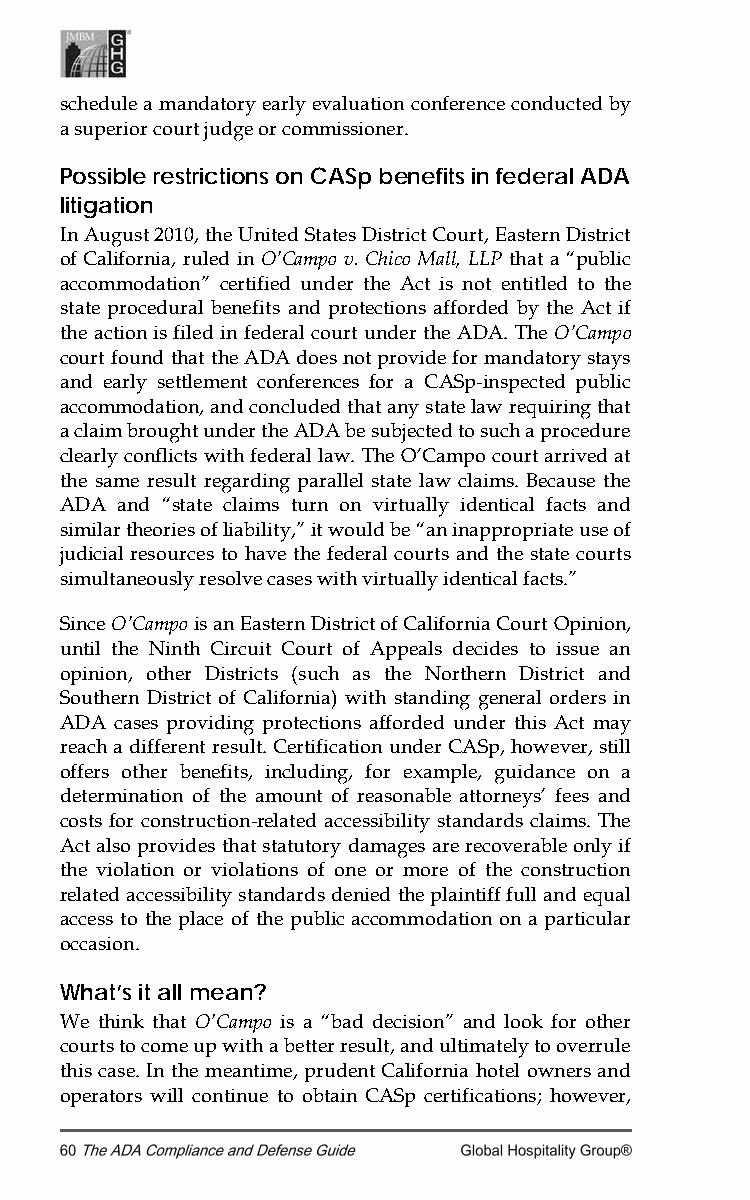
schedule a mandatory early evaluation conference conducted by
 a superior court judge or commissioner.
 Possible restrictions on CASp benefits in federal ADA
 litigation
 In August 2010, the United States District Court, Eastern District
 of California, ruled in O’Campo v. Chico Mall, LLP that a “public
 accommodation” certified under the Act is not entitled to the
 state procedural benefits and protections afforded by the Act if
 the action is filed in federal court under the ADA. The O’Campo
 court found that the ADA does not provide for mandatory stays
 and early settlement conferences for a CASp-inspected public
 accommodation, and concluded that any state law requiring that
 a claim brought under the ADA be subjected to such a procedure
 clearly conflicts with federal law. The O’Campo court arrived at
 the same result regarding parallel state law claims. Because the
 ADA and “state claims turn on virtually identical facts and
 similar theories of liability,” it would be “an inappropriate use of
 judicial resources to have the federal courts and the state courts
 simultaneously resolve cases with virtually identical facts.”
 Since O’Campo is an Eastern District of California Court Opinion,
 until the Ninth Circuit Court of Appeals decides to issue an
 opinion, other Districts (such as the Northern District and
 Southern District of California) with standing general orders in
 ADA cases providing protections afforded under this Act may
 reach a different result. Certification under CASp, however, still
 offers other benefits, including, for example, guidance on a
 determination of the amount of reasonable attorneys’ fees and
 costs for construction-related accessibility standards claims. The
 Act also provides that statutory damages are recoverable only if
 the violation or violations of one or more of the construction
 related accessibility standards denied the plaintiff full and equal
 access to the place of the public accommodation on a particular
 occasion.
 What’s it all mean?
 We think that O’Campo is a “bad decision” and look for other
 courts to come up with a better result, and ultimately to overrule
 this case. In the meantime, prudent California hotel owners and
 operators will continue to obtain CASp certifications; however,